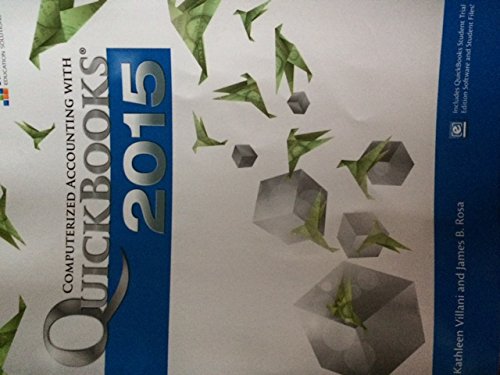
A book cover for Computerized Accounting with Quickbooks 2015; kathleen Villani; Computers & Technology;